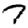
Digit: 7